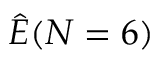
\hat { E } ( N = 6 )